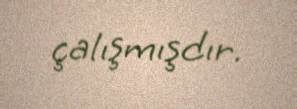
çalışmışdır.